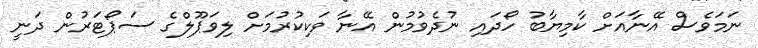
ނަމަވެސް އޭނާއަށް ކާމިޔާބު ހޯދައި ނުދެވުމުން އޭނާ ވަކިކުރުމަށް ލިވަޕޫލްގެ ސަޕޯޓަރުން ދަނީ